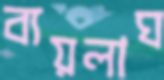
ব্যয়লাঘ